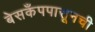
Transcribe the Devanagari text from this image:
बेसकँपपासूनची